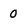
Character: 0